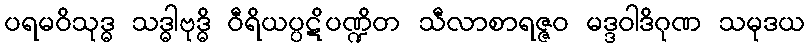
ပရမဝိသုဒ္ဓ သဒ္ဓါဗုဒ္ဓိ ဝီရိယပ္ပဋိပဏ္ဍိတ သီလာစာရဇ္ဇဝ မဒ္ဒဝါဒိဂုဏ သမုဒယ